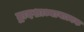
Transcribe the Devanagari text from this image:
द्वादशाध्यायात्मक